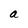
Character: a